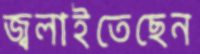
জ্বলাইতেছেন